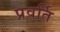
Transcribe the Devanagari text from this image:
प्रवर्ति